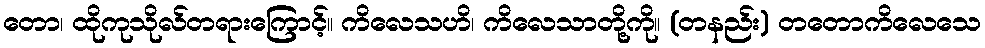
တော၊ ထိုကုသိုလ်တရားကြောင့်။ ကိလေသဟိ၊ ကိလေသာတို့ကို။ (တနည်း) တတောကိလေသေ